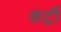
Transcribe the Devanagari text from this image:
कंर्ट्री